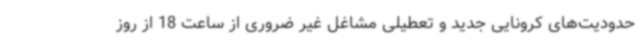
حدودیت‌های کرونایی جدید و تعطیلی مشاغل غیر ضروری از ساعت 18 از روز